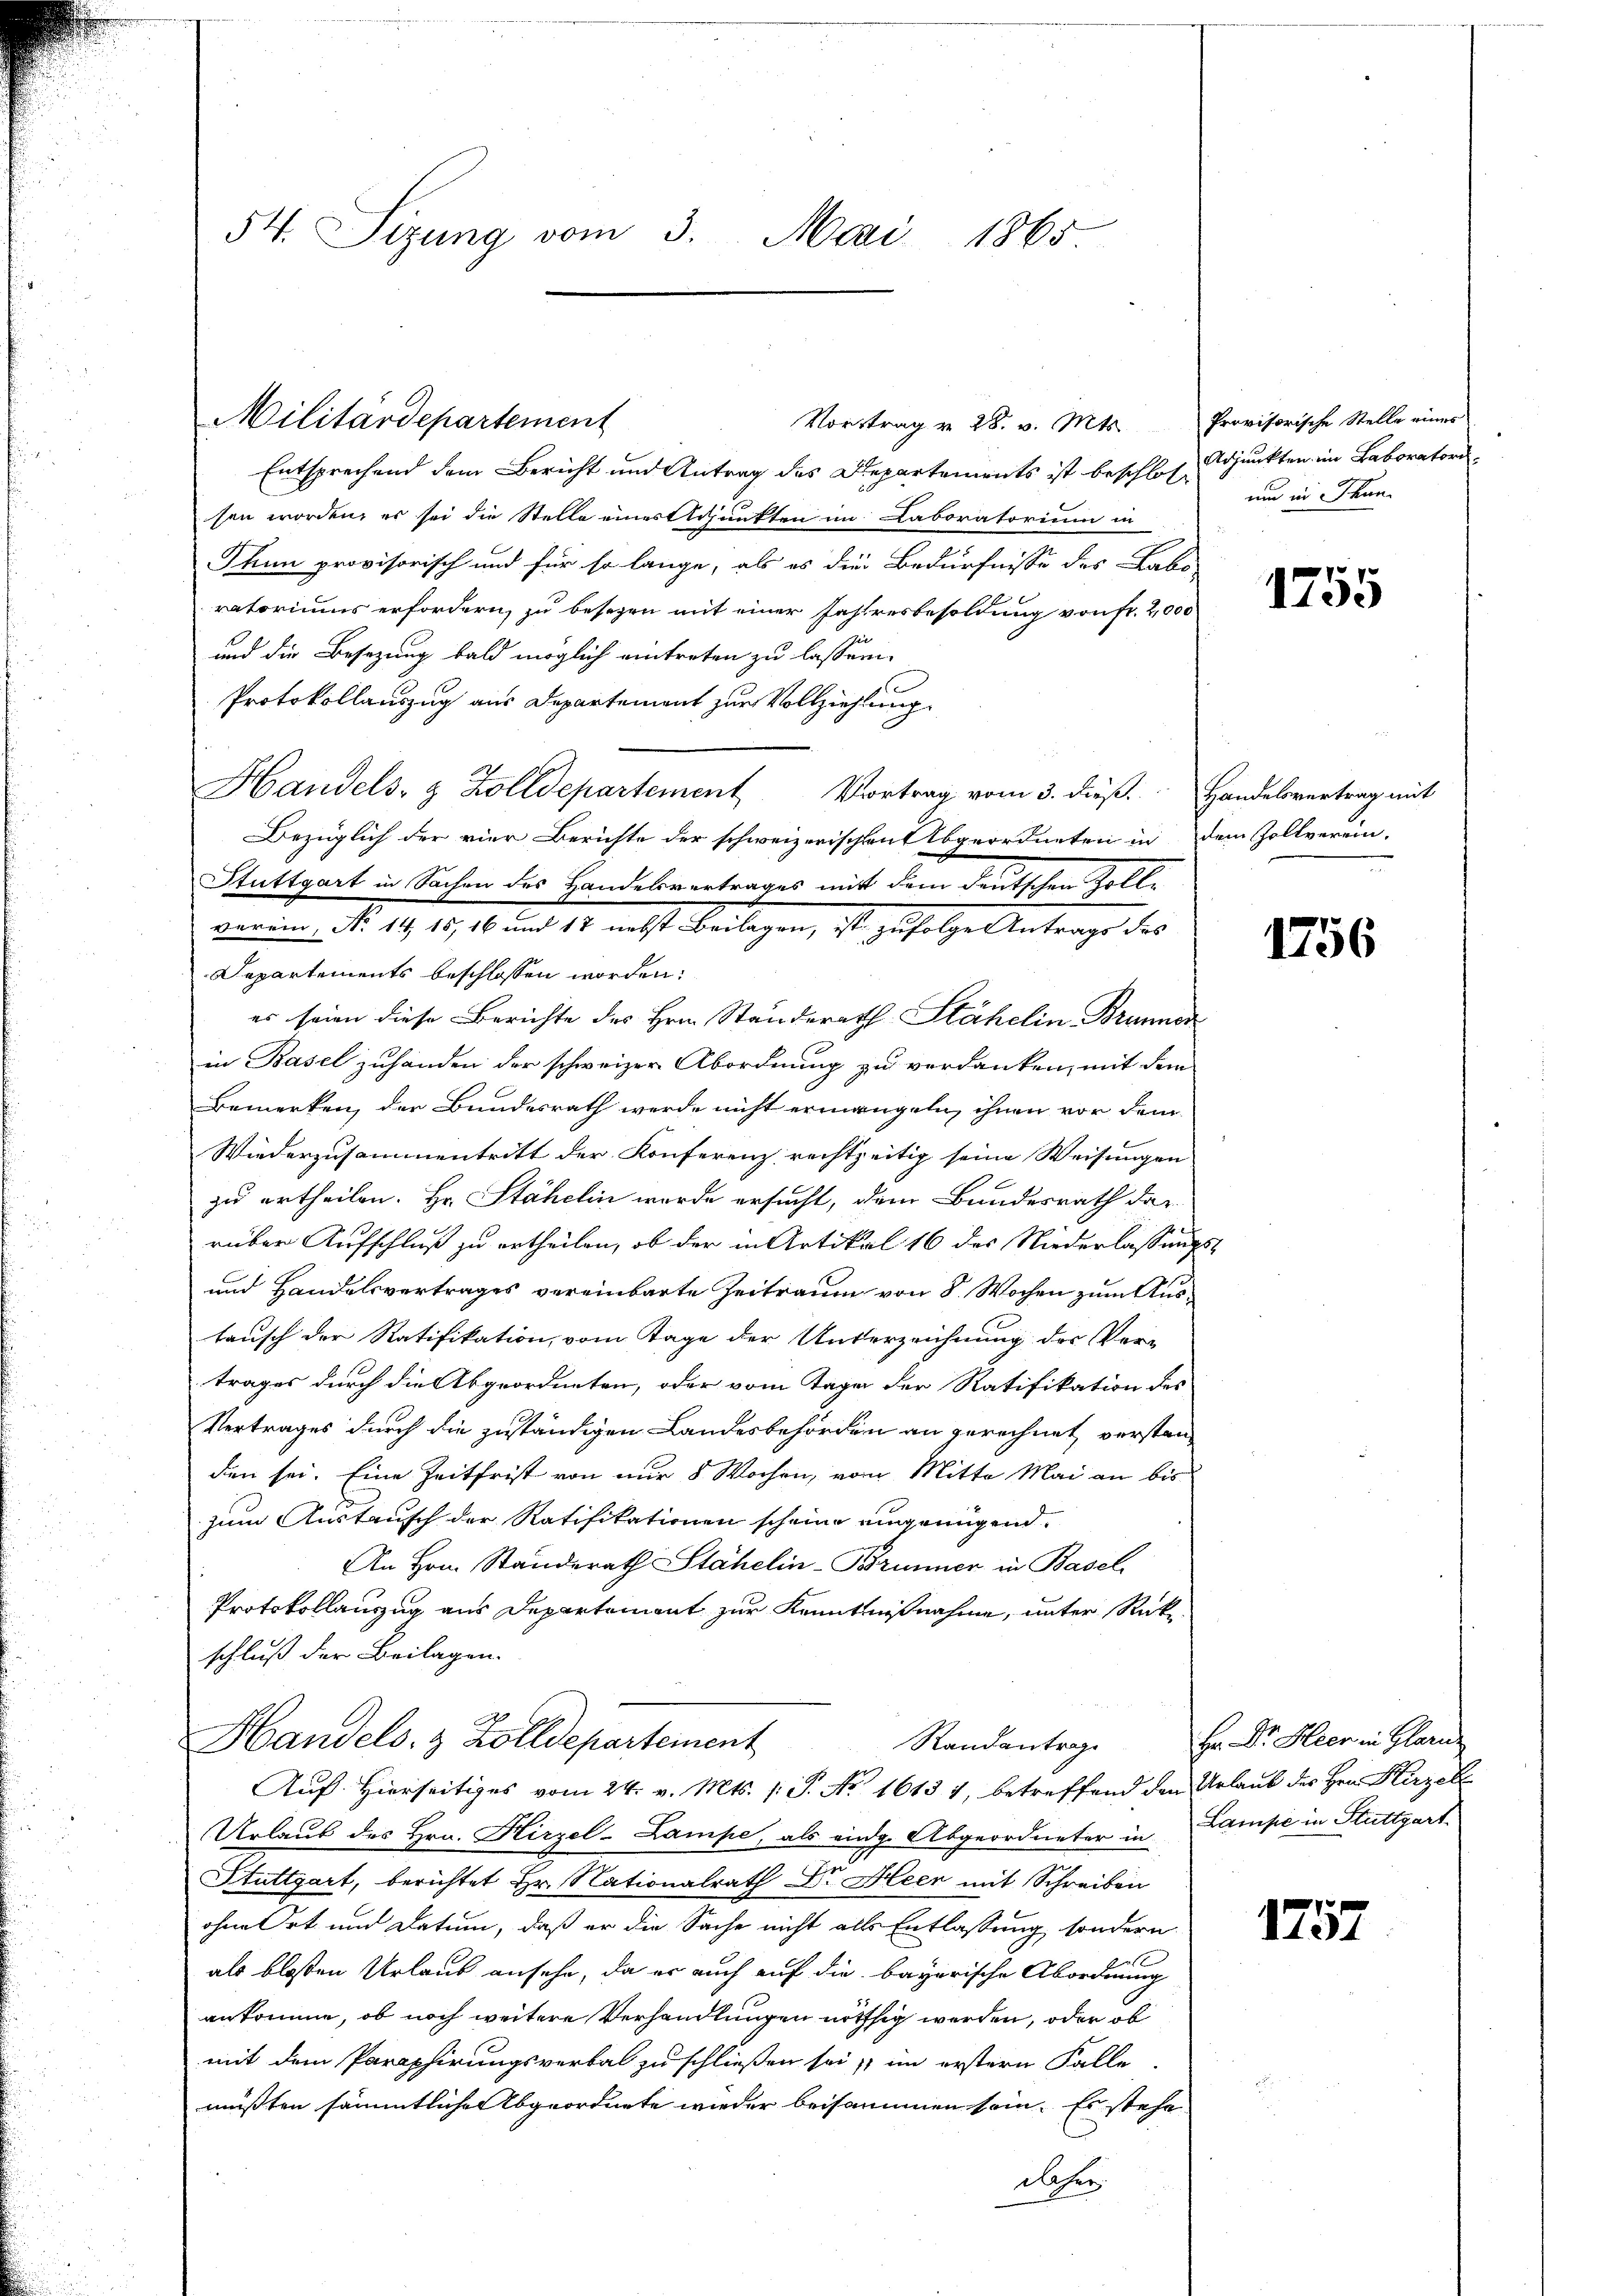
54. Sizung vom 3. Mai 1865.

Entsprechend dem Bericht und Antrag des Departements ist beschloß adjunkten im Laborator
sen worden, es sei die Stelle einerttpunkten im Laboratorium in
Thun provisorisch und für so lange, als es die Bedürfnisse des Labo-
ratoriums erfordern, zu besezen mit einer Jahresbesoldung von fr. 2,000
und die Besetzung bald möglich eintreten zu lassen.
Protokollauszug aus Departement zur Vollziehlung
Handels- & Zolldepartement Vortrag vom 3. dieß. Handelsvertrag mit
Bezüglich der vier Berichte der schweizerischen Abgeordneten in dem Zollverein-
Stuttgart in Sachen des Handelsvertrages mit dem deutschen Zolli
verin, No. 19, 15, 16 und 17 nebst Beilagen, ist zufolge Antrage des
Departements beschlossen worden:
es seien diese Berichte des Hrn. Ständerath Stähelin- Brunnen
in Basel zuhanden der schweizer Abordnung zu verdanken, mit dem
Bemerken, der Bundesrath werde nicht ermangeln, ihnen vor dem
Wiederzusammentritt der Konferenz rechtzeitig seine Weisungen
zu ertheilen. Hr. Stähelin wurde ersucht, dem Bundesrath dar
rüber Aufschluß zu ertheilen, ob der in Artikal 16 des Niederlassungs¬
und Handelsvertrages vereinbarte Zeitraum von 8 Wochen zum Austausch der Ratifikation, vom Tage der Unterzeichnung der Vortrages durch die Abgeordneten, oder vom Tage der Ratifikation des
Vertrages durch die zuständigen Landesbehörden an gerechnet verstanden sei. Eine Zeitfrist von nur 8 Wochen, vom Mitte Mai an bis
zum Austausch der Ratifikationen scheine eingenügend,
An Hrn. Standerath Stähelin-Brunner in Basel
Protokollauszug aus Departement zur Kenntnißnahme, unter Rückschluß der Beilagen.
Handels- & Zolldepartement
Randantrage
Auf Hierseitiges vom 24. v. Mts. 1. P. Nr. 1613 1, betreffend den Urlaub des Hrn. Hirzel
Urlaub des Hrn. Hirzel-Lampe, als eidg. Abgeordneter in Lampe in Stuttgart
Stuttgart, berichtet Hr. Nationalrath Dr. Heer mit Schreiben
ohne Ort und Datum, daß er die Sache nicht alls Entlassung, sondern
als bloßen Urlaub ansehe, da er auch auf die bayerische Abordnung
ankomme, ob noch weitere Verhandlungen nöthig werden, oder ob
mit dem Paraphirungsverbal zu schließen sei, im erstern Falle
müßten sämmtlichen Abgeordnete wieder beisammen sein. Es stehe
daher

Militärdepartement

Vortrag v. 28. v. Mts. Provisorische Stelle eines

um in Thun

1755

1756

Hr. Dr. Heer in Glarus

1757